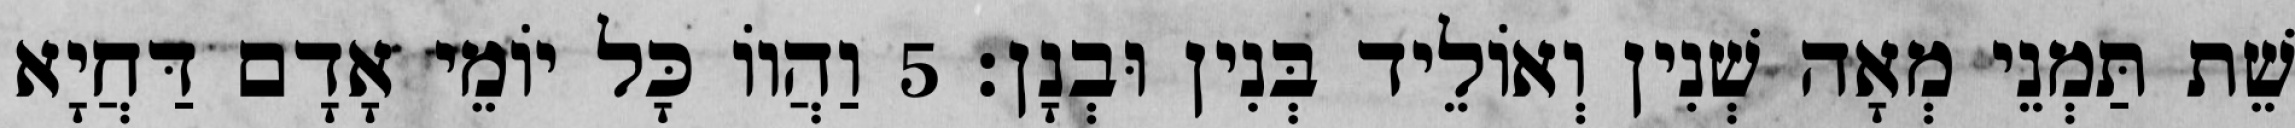
שֵׁת תַּמְנֵי מְאָה שְׁנִין וְאוֹלֵיד בְּנִין וּבְנָן׃ 5 וַהֲווֹ כָּל יוֹמֵי אָדָם דַּחֲיָא